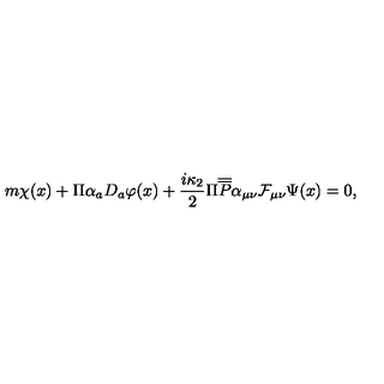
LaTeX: m \chi ( x ) + \Pi \alpha _ { a } D _ { a } \varphi ( x ) + \frac { i \kappa _ { 2 } } 2 \Pi \overline { { \overline { { P } } } } \alpha _ { \mu \nu } \mathcal { F } _ { \mu \nu } \Psi ( x ) = 0 ,